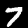
Digit: 7